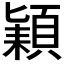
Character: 𮨍